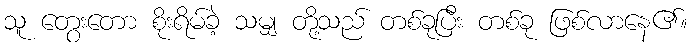
သူ တွေးတော စိုးရိမ်ခဲ့ သမျှ တို့သည် တစ်ခုပြီး တစ်ခု ဖြစ်လာနေ၏။